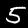
Label: 5